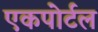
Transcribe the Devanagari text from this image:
एकपोर्टल